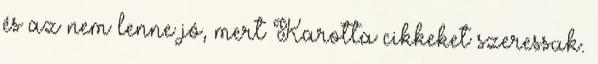
és az nem lenne jó, mert Karotta cikkeket szeressük.